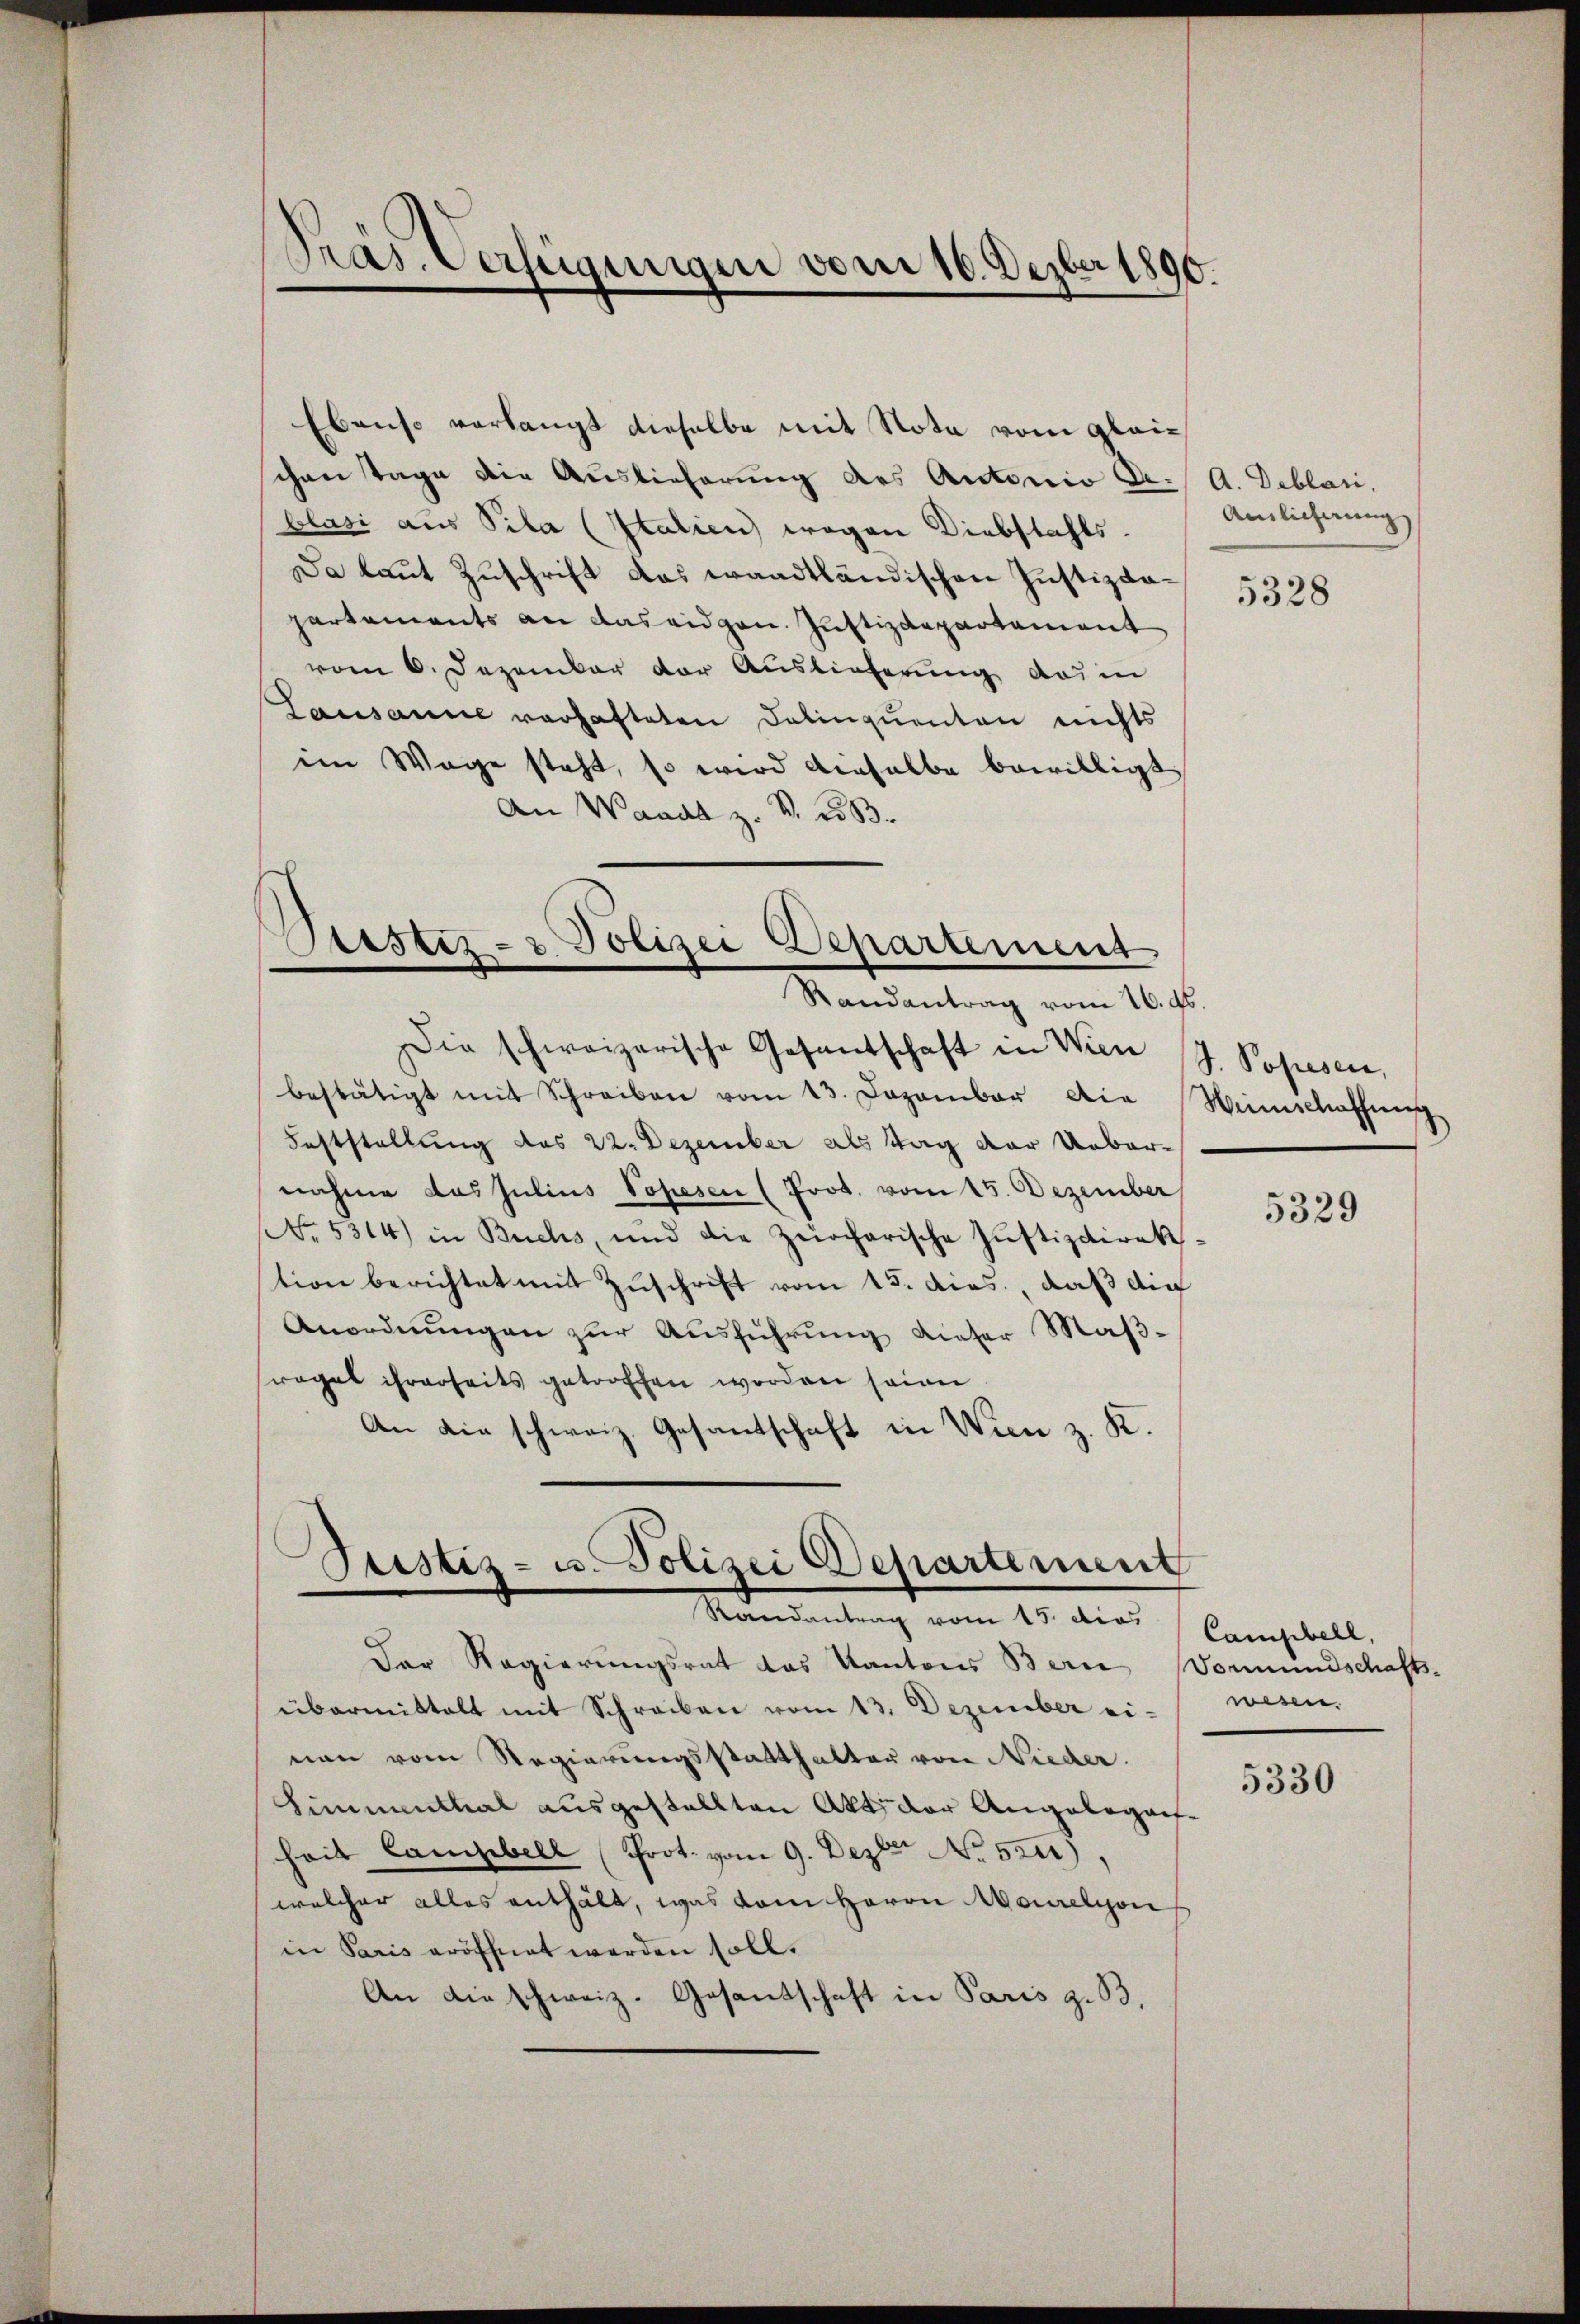
Präs. Verfügungen vom 16. Dezber 1890.

Ebenso verlangt dieselbe mit Nota vom gleich
chen Tage die Auslieferung des Antonio Arblasi aus Pila (Italien wegen Diebstahls.
Da laut Zuschrift das waadtländischen Justizdapartements an das eidgen. Justizdepartement
vom 6. Dezember der Auslieferung des in
Lausanne verhafteten Delinquenten nichts
im Wage steht, so wird dieselbe bewilligt,
An Waadt z. S. 2583.
Die schweizerische Gesandschaft in Wien
bestätigt mit Schreiben vom 13. Dezember die
Feststellung des 22. Dezember als tag der Unbarnahme das Julius Popesen (Prot. vom 15. Dezember
No. 5314) in Buchs, und die Zürcharische Justizdirek
tion berichtet mit Zuschrift vom 15. dies, daß die
Anordnŭngen zŭr Aŭsführung dieser Maβ-
frages ihrerseits getroffen worden seinen
An die schweiz. Gesantschaft in Wien z. K.
Ptistiz- u. Polizei Departement
Randantrag vom 15. dies
Der Regierungsrat das Kantons Bern Vormundschafts-
übermittelt mit Schreiben vom 13. Dezember einen vom Regierungsstatthalter von Nieder.
Simmenthal ausgestellten Akt der Angelegarfheit Campbell (Prot. vom 9. Dezbr No. 522),
welcher alles enthält, was vom Herrn Morelion
in Paris eröffnet werden soll.
An die schweiz. Gesandschaft in Paris z. B.

Arstiz- & Polizei Departement
Randantrag vom 16. ds.

A. Deblari,
Ainlicherung

5328

S. Popesen,
Weinschaffung

5329

Campbell,
wesen.

5330